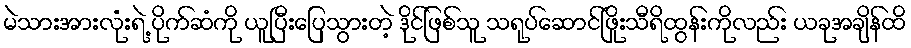
မဲသားအားလုံးရဲ့ ပိုက်ဆံကို ယူပြီးပြေသွားတဲ့ ဒိုင်ဖြစ်သူ သရုပ်ဆောင်ဖြိုးသီရိထွန်းကိုလည်း ယခုအချိန်ထိ